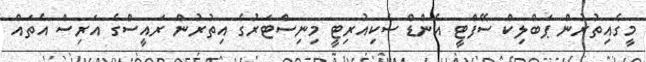
މީގެއިތުރުން ޕަބްލިކް ސޭފްޓީ އެންޑް ސެކިއުރިޓީ މިނިސްޓަރުގެ އިތުރުން ރައީސްގެ އަރިސް އެތައް